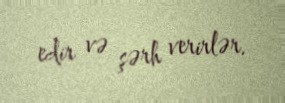
edir və şərh verirlər.